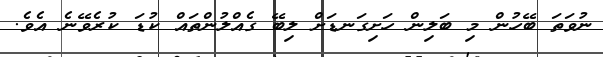
ނުވަތަ ބޭހުން މި ބަލިން ހަށިގަނޑަށް ލިބޭ ގެއްލުންތައް ކުޑަ ކުރެވޭނެ އެވެ.